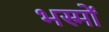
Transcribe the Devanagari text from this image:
भस्मों